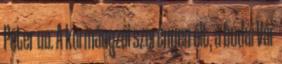
Péter uo. A kormányzói szerényen élt, a budai Vár